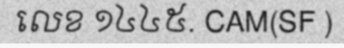
លេខ ១៤៤៥. CAM(SF )